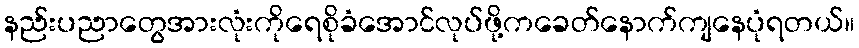
နည်းပညာတွေအားလုံးကိုရေစိုခံအောင်လုပ်ဖို့ကခေတ်နောက်ကျနေပုံရတယ်။